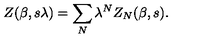
Z ( \beta , s \lambda ) = \sum _ { N } \lambda ^ { N } Z _ { N } ( \beta , s ) .